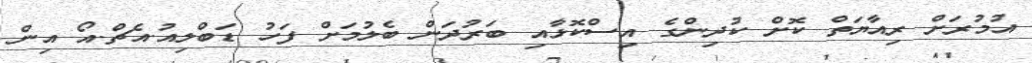
އުމުރަށް ރިއާޔަތް ކޮށް ކުދިންގެ އިސްކޮޅާއި ބަރުދަން ބެލުމަށް ފަހު ޑަބްލިއު.އެޗް.އޯ އިން